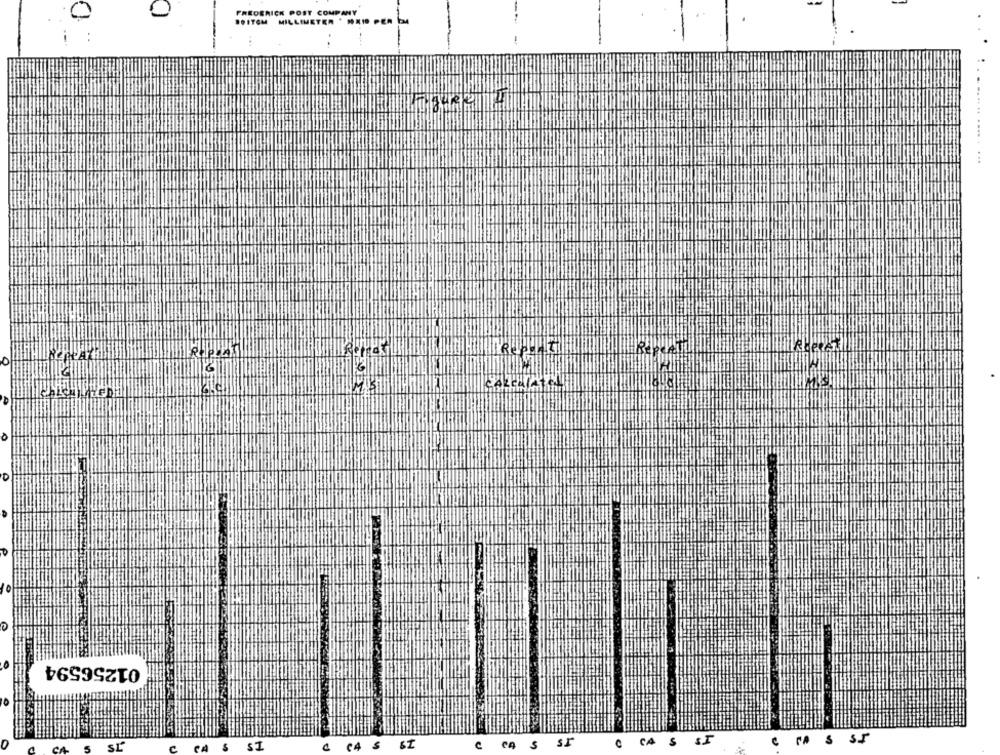
FREDERICK POST COMPANY
801TOM MILLIMETER MEIO PER EM
...
D
01256594
CIAS ST
n
SL
CA
SI
CA
5
SI
CA S